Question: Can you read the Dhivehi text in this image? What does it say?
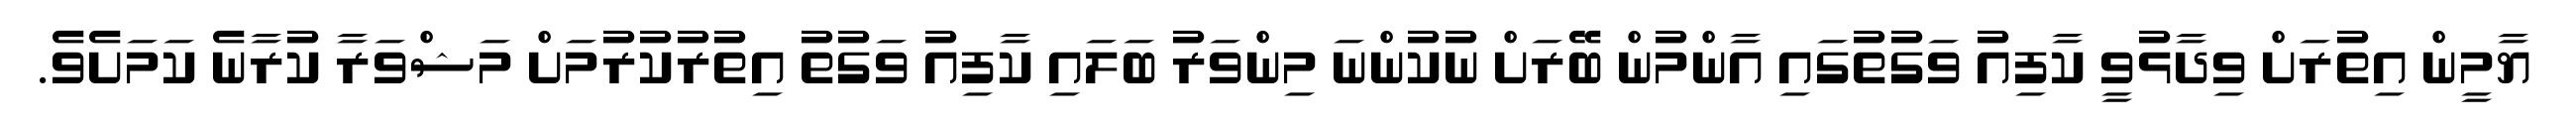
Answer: ޔާމީން އިތުރަށް ވިދާޅުވީ ކާފިއު ވަގުތުގައި އާންމުން ބޭރަށް ނުކުންނަ މިންވަރު ބަލައި ކާފިއު ވަގުތު އިތުރުކުރުމަށް މަޝްވަރާ ކުރާނެ ކަމަށެވެ.